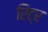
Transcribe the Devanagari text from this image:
रिट्र